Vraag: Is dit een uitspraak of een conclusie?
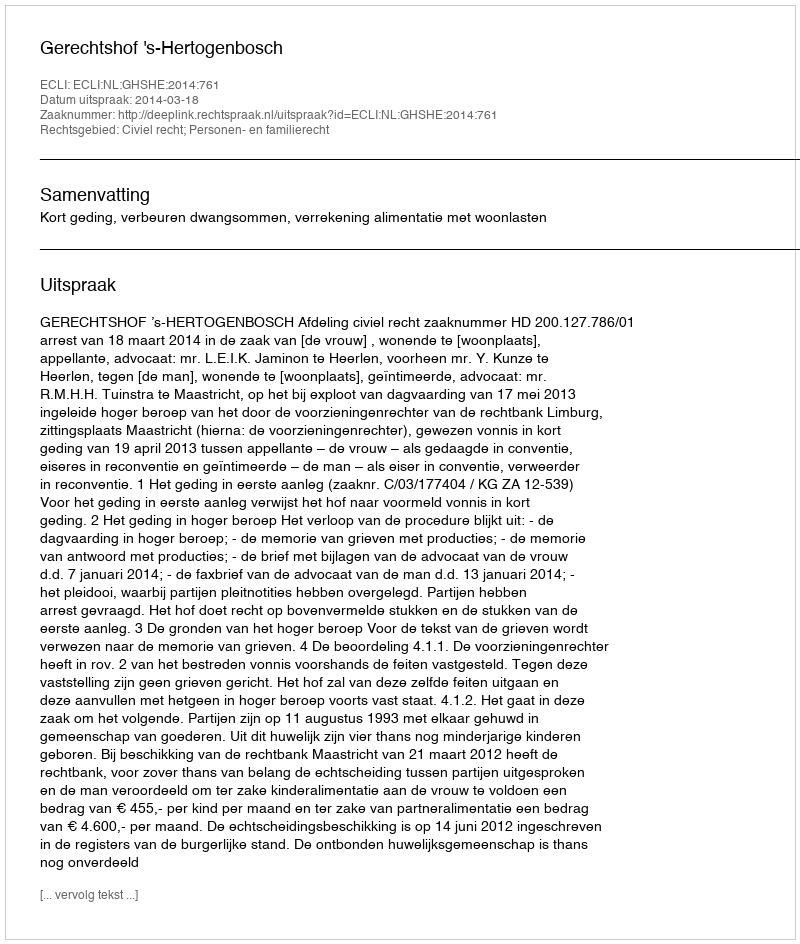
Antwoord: Uitspraak